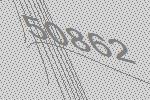
50862